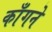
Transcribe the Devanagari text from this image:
काँगने